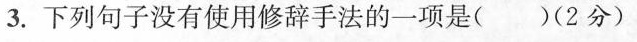
3.下列句子没有使用修辞手法的一项是( )(2分)